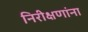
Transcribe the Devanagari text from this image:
निरीक्षणांना